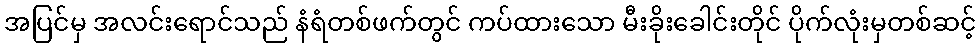
အပြင်မှ အလင်းရောင်သည် နံရံတစ်ဖက်တွင် ကပ်ထားသော မီးခိုးခေါင်းတိုင် ပိုက်လုံးမှတစ်ဆင့်